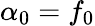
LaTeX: \alpha_{0}=f_{0}